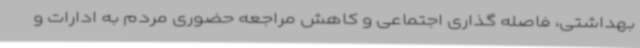
بهداشتی، فاصله گذاری اجتماعی و کاهش مراجعه حضوری مردم به ادارات و